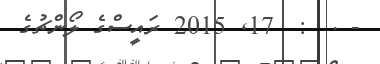
- .  :  17